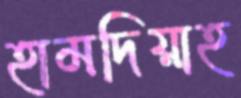
হামদিয়াহ